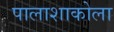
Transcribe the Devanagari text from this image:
पालाशाकोला